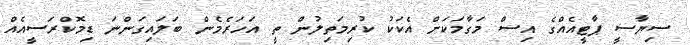
ސިޔާސީ ޕާޓީއެއްގެ އިސް މަގާމަކަށް އެކަކު ކުރިމަތިލުން ތީ އަހަރެމެން ބަލައިގަންނަ ޑިމޮކްރަސީއެއް